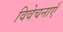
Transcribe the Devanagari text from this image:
विवेचनाएँ